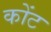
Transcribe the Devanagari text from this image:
कोंट